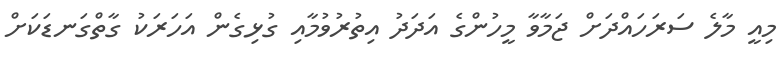
މިއީ މާލެ ސަރަހައްދަށް ޖަމާވާ މީހުންގެ އަދަދު އިތުރުވުމާއި ގުޅިގެން އަހަރަކު ގާތްގަނޑަކަށް